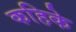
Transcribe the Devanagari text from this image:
कहिके